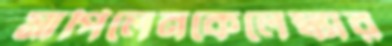
মাপিলেনকেলেঙ্কার